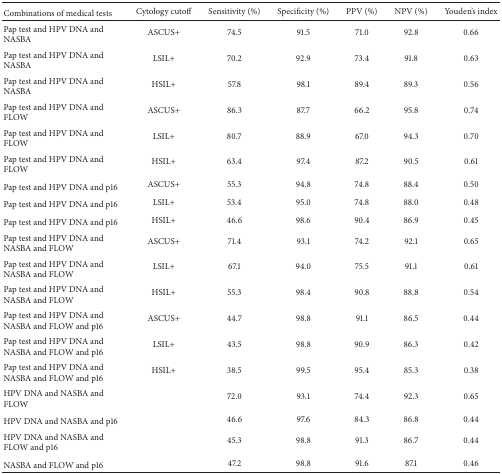
<table><thead><tr><td><b>Combinations of medical tests</b></td><td><b>Cytology cutoff</b></td><td><b>Sensitivity (%)</b></td><td><b>Specificity (%)</b></td><td><b>PPV (%)</b></td><td><b>NPV (%)</b></td><td><b>Youden&#x27;s index</b></td></tr></thead><tbody><tr><td>Pap test and HPV DNA and NASBA</td><td>ASCUS+</td><td>74.5</td><td>91.5</td><td>71.0</td><td>92.8</td><td>0.66</td></tr><tr><td>Pap test and HPV DNA and NASBA</td><td>LSIL+</td><td>70.2</td><td>92.9</td><td>73.4</td><td>91.8</td><td>0.63</td></tr><tr><td>Pap test and HPV DNA and NASBA </td><td>HSIL+</td><td>57.8</td><td>98.1</td><td>89.4</td><td>89.3</td><td>0.56</td></tr><tr><td>Pap test and HPV DNA and FLOW</td><td>ASCUS+ </td><td>86.3</td><td>87.7</td><td>66.2</td><td>95.8</td><td>0.74</td></tr><tr><td>Pap test and HPV DNA and FLOW </td><td>LSIL+</td><td>80.7</td><td>88.9</td><td>67.0</td><td>94.3</td><td>0.70</td></tr><tr><td>Pap test and HPV DNA and FLOW</td><td>HSIL+</td><td>63.4</td><td>97.4</td><td>87.2</td><td>90.5</td><td>0.61</td></tr><tr><td>Pap test and HPV DNA and p16</td><td>ASCUS+</td><td>55.3</td><td>94.8</td><td>74.8</td><td>88.4</td><td>0.50</td></tr><tr><td>Pap test and HPV DNA and p16</td><td>LSIL+</td><td>53.4</td><td>95.0</td><td>74.8</td><td>88.0</td><td>0.48</td></tr><tr><td>Pap test and HPV DNA and p16</td><td>HSIL+</td><td>46.6</td><td>98.6</td><td>90.4</td><td>86.9</td><td>0.45</td></tr><tr><td>Pap test and HPV DNA and NASBA and FLOW</td><td>ASCUS+</td><td>71.4</td><td>93.1</td><td>74.2</td><td>92.1</td><td>0.65</td></tr><tr><td>Pap test and HPV DNA and NASBA and FLOW </td><td>LSIL+</td><td>67.1</td><td>94.0</td><td>75.5</td><td>91.1</td><td>0.61</td></tr><tr><td>Pap test and HPV DNA and NASBA and FLOW</td><td>HSIL+</td><td>55.3</td><td>98.4</td><td>90.8</td><td>88.8</td><td>0.54</td></tr><tr><td>Pap test and HPV DNA and NASBA and FLOW and p16</td><td>ASCUS+</td><td>44.7</td><td>98.8</td><td>91.1</td><td>86.5</td><td>0.44</td></tr><tr><td>Pap test and HPV DNA and NASBA and FLOW and p16</td><td>LSIL+</td><td>43.5</td><td>98.8</td><td>90.9</td><td>86.3</td><td>0.42</td></tr><tr><td>Pap test and HPV DNA and NASBA and FLOW and p16</td><td>HSIL+</td><td>38.5</td><td>99.5</td><td>95.4</td><td>85.3</td><td>0.38</td></tr><tr><td>HPV DNA and NASBA and FLOW</td><td> </td><td>72.0</td><td>93.1</td><td>74.4</td><td>92.3</td><td>0.65</td></tr><tr><td>HPV DNA and NASBA and p16</td><td> </td><td>46.6</td><td>97.6</td><td>84.3</td><td>86.8</td><td>0.44</td></tr><tr><td>HPV DNA and NASBA and FLOW and p16</td><td> </td><td>45.3</td><td>98.8</td><td>91.3</td><td>86.7</td><td>0.44</td></tr><tr><td>NASBA and FLOW and p16</td><td> </td><td>47.2</td><td>98.8</td><td>91.6</td><td>87.1</td><td>0.46</td></tr></tbody></table>